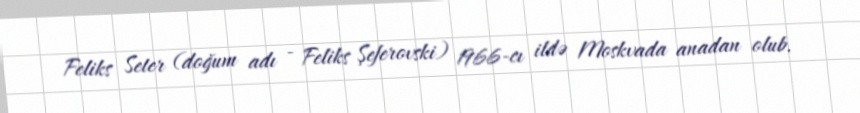
Feliks Seter (doğum adı - Feliks Şeferovski) 1966-cı ildə Moskvada anadan olub.